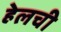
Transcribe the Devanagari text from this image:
हेलची